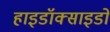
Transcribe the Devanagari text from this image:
हाइडॉक्साइडों